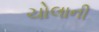
ચોલાની